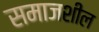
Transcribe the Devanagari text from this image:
समाजशील